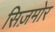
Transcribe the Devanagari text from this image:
सिज़मोर